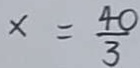
x = \frac { 4 0 } { 3 }